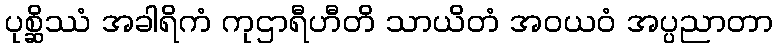
ပုစ္ဆိဿံ အခါရိကံ ကုဌာရီဟီတိ သာယိတံ အဝယဝံ အပ္ပညာတာ